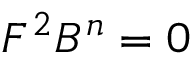
F ^ { 2 } B ^ { n } = 0